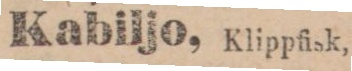
Kabiljo, Klippfisk,